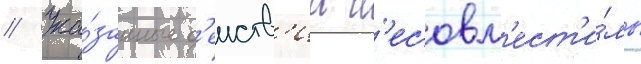
// Ука́занные д'еиств'иа н'есовм'ест'и́мы